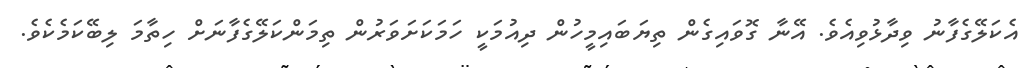
އެކަލޭގެފާނު ވިދާޅުވިއެވެ. އޭނާ ގޮވައިގެން ތިޔަބައިމީހުން ދިއުމަކީ ހަމަކަށަވަރުން ތިމަންކަލޭގެފާނަށް ހިތާމަ ލިބޭކަމެކެވެ.